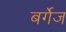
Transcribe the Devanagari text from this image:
बर्गेज